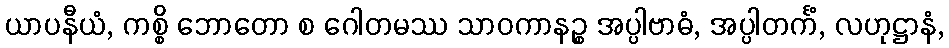
ယာပနီယံ, ကစ္စိ ဘောတော စ ဂေါတမဿ သာဝကာနဉ္စ အပ္ပါဗာဓံ, အပ္ပါတင်္ကံ, လဟုဋ္ဌာနံ,